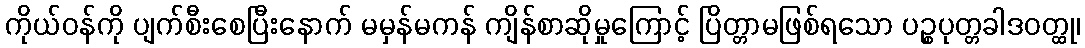
ကိုယ်ဝန်ကို ပျက်စီးစေပြီးနောက် မမှန်မကန် ကျိန်စာဆိုမှုကြောင့် ပြိတ္တာမဖြစ်ရသော ပဉ္စပုတ္တခါဒဝတ္ထု၊